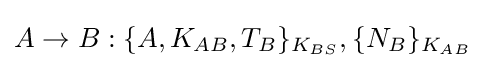
A\rightarrow B:\{A,K_{AB},T_{B}\}_{K_{BS}},\{N_{B}\}_{K_{AB}}